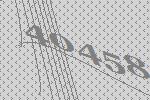
40458